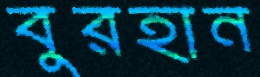
বুরহান